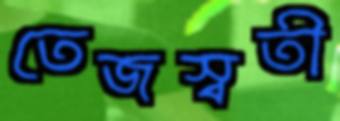
তেজস্বতী